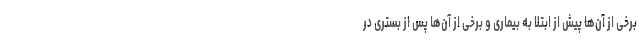
برخی از آن‌ها پیش از ابتلا به بیماری و برخی از آن‌ها پس از بستری در